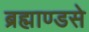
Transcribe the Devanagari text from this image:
ब्रह्माण्डसे